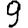
Digit: 9